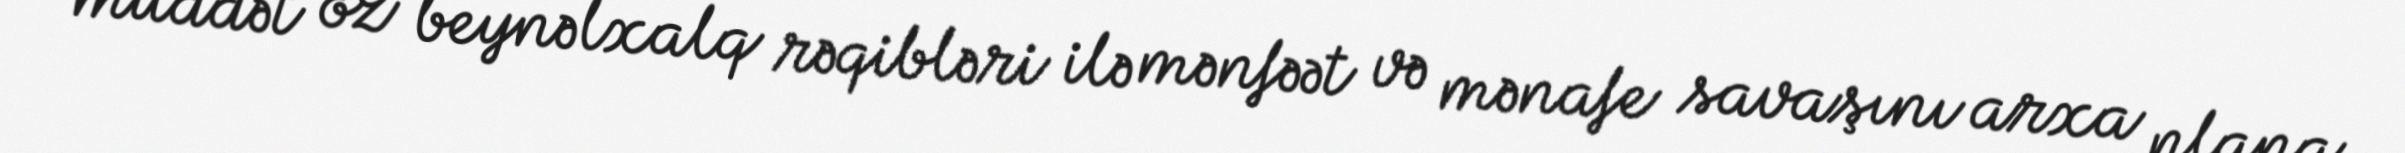
müddət öz beynəlxalq rəqibləri ilə mənfəət və mənafe savaşını arxa plana